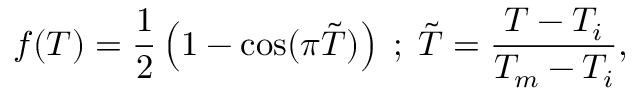
f ( T ) = \frac { 1 } { 2 } \left( 1 - \cos ( \pi \tilde { T } ) \right) \; ; \; \tilde { T } = \frac { T - T _ { i } } { T _ { m } - T _ { i } } ,